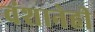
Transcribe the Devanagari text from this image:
वंशानेही